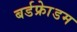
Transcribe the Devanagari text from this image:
बर्डफ्राेेडम